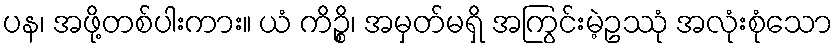
ပန၊ အဖို့တစ်ပါးကား။ ယံ ကိဉ္စိ၊ အမှတ်မရှိ အကြွင်းမဲ့ဥဿုံ အလုံးစုံသော